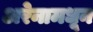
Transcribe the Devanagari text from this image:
अरेनामधून